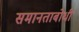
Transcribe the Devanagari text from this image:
समानताबोधी